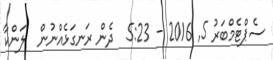
ސެޕްޓެމްބަރު 5